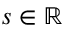
s \in \mathbb R